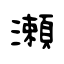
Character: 瀬